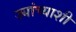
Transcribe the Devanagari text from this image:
ज्यांच्याशी